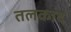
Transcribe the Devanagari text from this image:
तलकाद